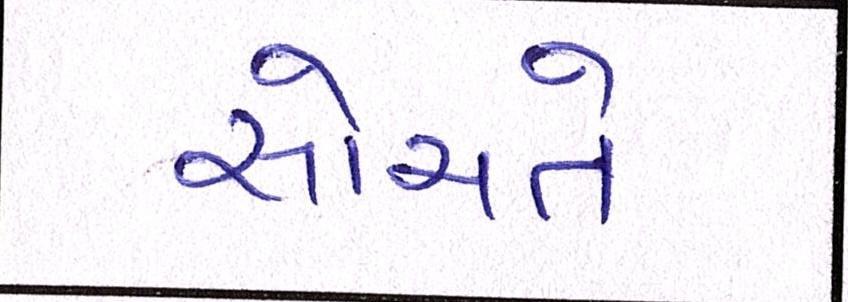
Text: સોચતે